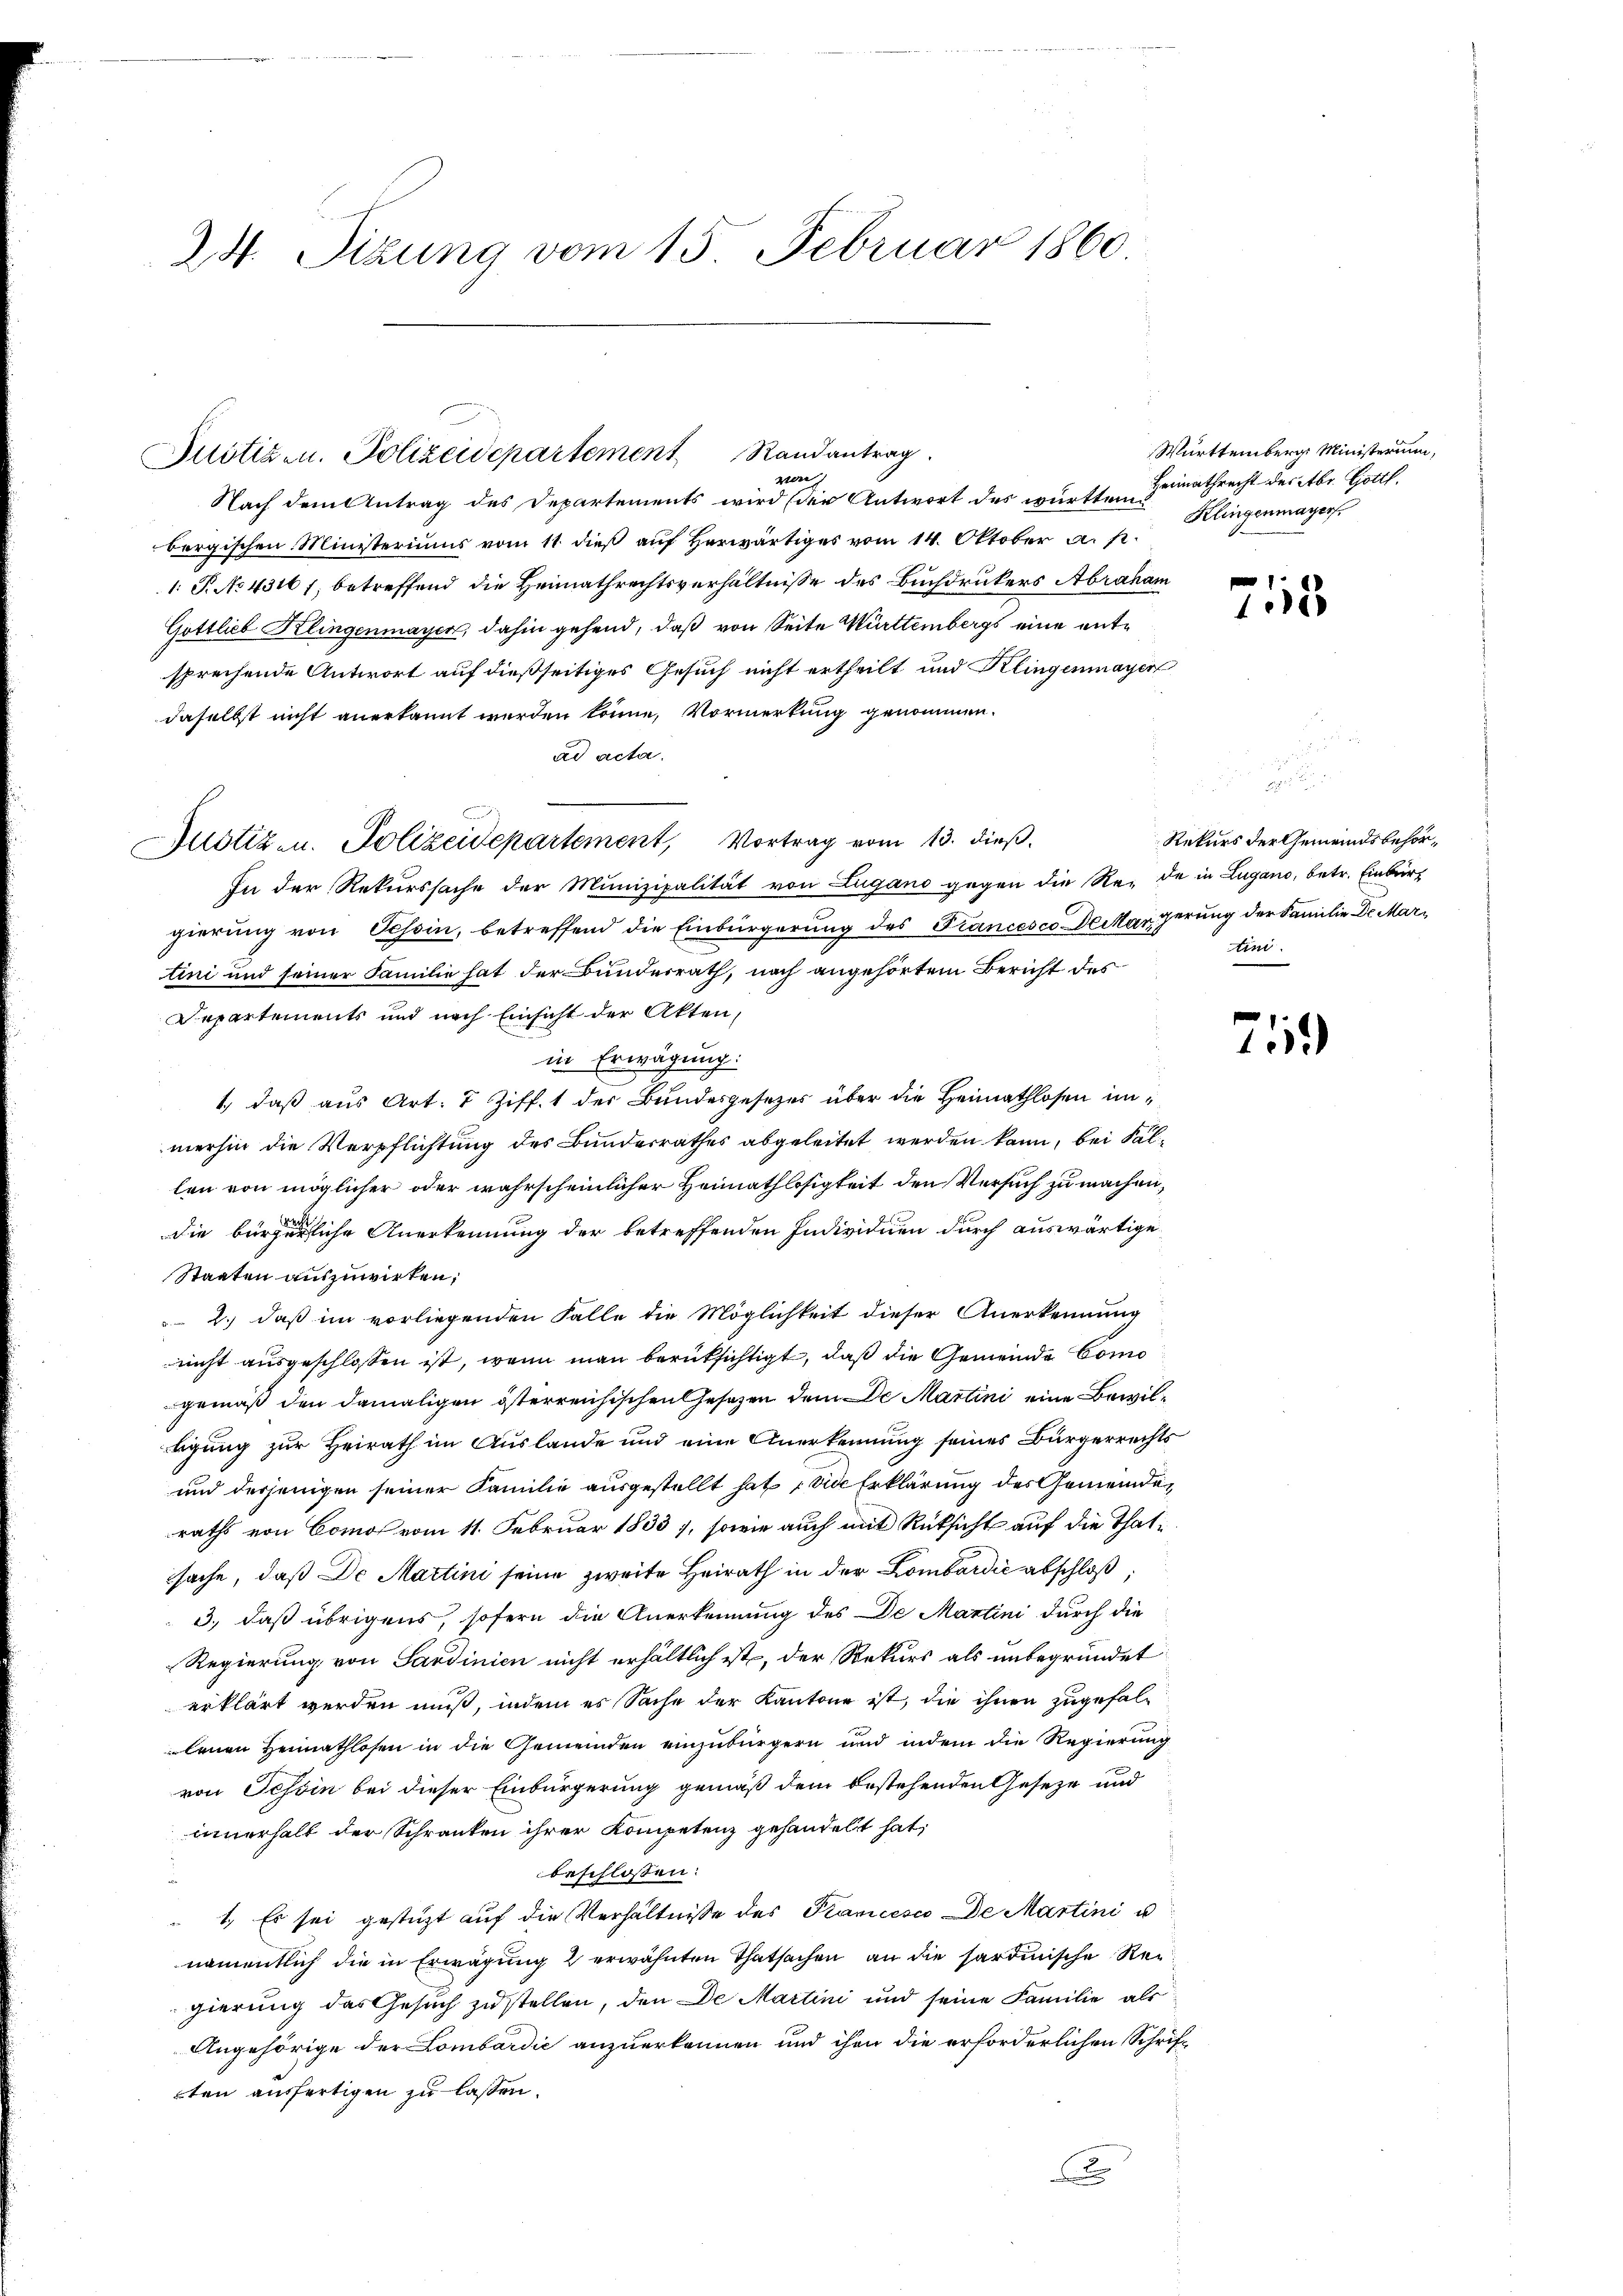
24. Sizung vom 15. Februar 1860

vor
Nach dem Antrag des Departements wird der Antwort des württem
bergischen Ministeriums vom 11. dieß auf herwärtiges vom 14. Oktober a. p.
1: P. No 4316 f, betreffend die Heimathrechtsverhältnisse des Buchdruckers Abraham
Gottlieb Klingenmayer, dahin gehend, daß von Seite Württembergs eine entsprechende Antwort auf dießseitiges Gesuch nicht ertheilt und Klingenmayer
daselbst nicht anerkannt werden könne, Vormerkung genommen.
ad acta.
In der Rekurssache der Munizipalität von Lugano gegen die Rede in Lugano, betr. Einbrirgierung von Tessin, betreffend die Einbürgerung des Francesco Deckargerung der Familie Dr. Martini und seiner Familie hat der Bunderrath, nach angehörtem Bericht des
Departements und nach Einsicht der Akten,
in Erwägung:
1.) daß aus Art. 7 Ziff. 1 der Bundesgesezes über die Heimathlosen inmerhin die Verpflichtung des Bunderrathes abgeleitet werden kann, bei Fällen von möglicher oder wahrscheinlicher Heimathlosigkeit den Versuch zu machen,
die bürgerliche Anerkennung der betreffenden Individuen durch auswärtige
Staaten auszuwirken;
 2.) daß im vorliegenden Falle die Möglichkeit dieser Anerkennung
nicht ausgeschlossen ist, wenn man berüksichtigt, daß die Gemeinde Como
gemäß den damaligen österreichischen Gesetzen dem e Martini eine Bewiltigung zur Heirath im Auslande und eine Anerkennung seines Bürgerrechts
und derjenigen seiner Familie ausgestellt hat die Erklärung des Gemeinderaths von Comos vom 11. Februar 1833, sowie auch mit Rüksicht auf die Thatsache, daß De Martini seine zweite Heirath in der Lombardić abschloß,
3., daß übrigens, sofern die Anerkennung des De Martini durch die
Regierung von Sardinien nicht erhältlich ist, der Rekurs als unbegründet
erklärt werden muß, indem es Sache der Kantone ist, die ihnen zugefallenen Heimathlosen in die Gemeinden einzubürgern und indem die Regierung
von Tessin bei dieser Einbürgerung gemäß dem bestehenden Geseze und
innerhalt der Schranken ihrer Kompetenz gehandelt hat;
beschlossen:
1. Es sei gestützt auf die Verhältnisse des Krancesco De Martini u
namentlich die in Erwägung 2 erwähnten Thatsachen an die sardinische Regierung das Gesuch zustellen, den De Martini und seine Familie als
Angehörige der Lombardić anzuerkennen und ihm die erforderlichen Schriften ausfertigen zu lassen.
x

Justiz- u. Polizeidepartement Randantrag.

Justiz- u. Polizeidepartement, Vortrag vom 13. dieß.

Württemberg Ministerium,
Heimathrecht des Abr. Gottl.
Klingenmayer.

f
15

Rekurs der Gemeindsbehörtini.

719